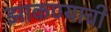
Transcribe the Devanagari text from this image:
झाकण्याची